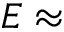
E \approx